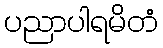
ပညာပါရမိတံ